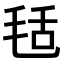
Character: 𣭪